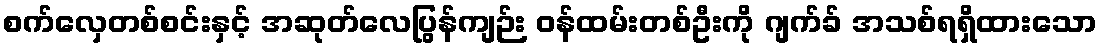
စက်လှေတစ်စင်းနှင့် အဆုတ်လေပြွန်ကျဉ်း ဝန်ထမ်းတစ်ဦးကို ဂျက်ခ် အသစ်ရရှိထားသော